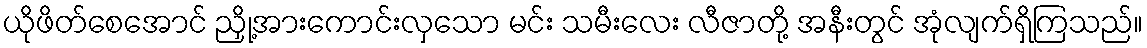
ယိုဖိတ်စေအောင် ညှို့အားကောင်းလှသော မင်း သမီးလေး လီဇာတို့ အနီးတွင် အုံလျက်ရှိကြသည်။